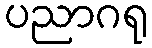
ပညာဂရု